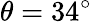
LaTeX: \theta=34^{\circ}